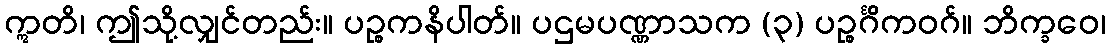
ဣတိ၊ ဤသို့လျှင်တည်း။ ပဉ္စကနိပါတ်။ ပဌမပဏ္ဏာသက (၃) ပဉ္စင်္ဂိကဝဂ်။ ဘိက္ခဝေ၊